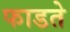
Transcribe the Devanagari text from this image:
फाडते